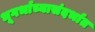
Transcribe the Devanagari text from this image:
भूगर्भाच्यासंदर्भात